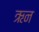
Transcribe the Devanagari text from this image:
ऋन